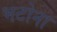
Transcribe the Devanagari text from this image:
भटोना